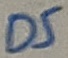
Text: D5